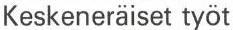
Keskeneräiset työt